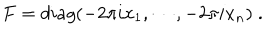
LaTeX: F = d i a g ( - 2 \pi i x _ { 1 } , \cdots , - 2 \pi i x _ { n } ) \; .